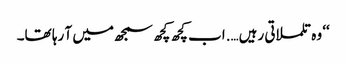
‘‘ وہ تلملاتی رہیں….اب کچھ کچھ سمجھ میں آ رہا تھا۔